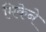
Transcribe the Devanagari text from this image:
मिकेने